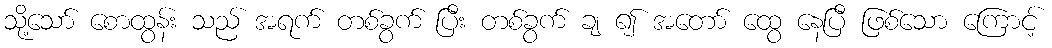
သို့သော် စောထွန်း သည် အရက် တစ်ခွက် ပြီး တစ်ခွက် ချ ၍ အတော် ထွေ နေပြီ ဖြစ်သော ကြောင့်